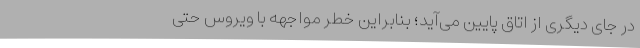
در جای دیگری از اتاق پایین می‌آید؛ بنابراین خطر مواجهه با ویروس حتی